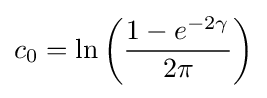
c_{0}=\ln \left({\frac {1-e^{-2\gamma }}{2\pi }}\right)